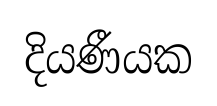
දියණීයක